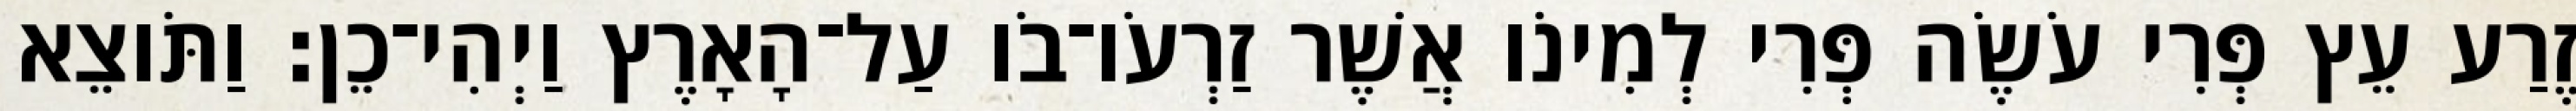
זֶרַע עֵץ פְּרִי עֹשֶׂה פְּרִי לְמִינֹו אֲשֶׁר זַרְעֹו־בֹו עַל־הָאָרֶץ וַיְהִי־כֵן׃ וַתֹּוצֵא